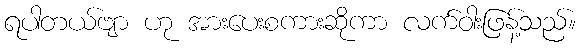
ရပါတယ်ဗျာ ဟု အားပေးစကားဆိုကာ လက်ဝါးဖြန့်သည်။